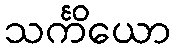
သင်္ကိယော